Annual report on the working of the mental hospitals in the Madras Presidency - 1912-1932
Year: 1912
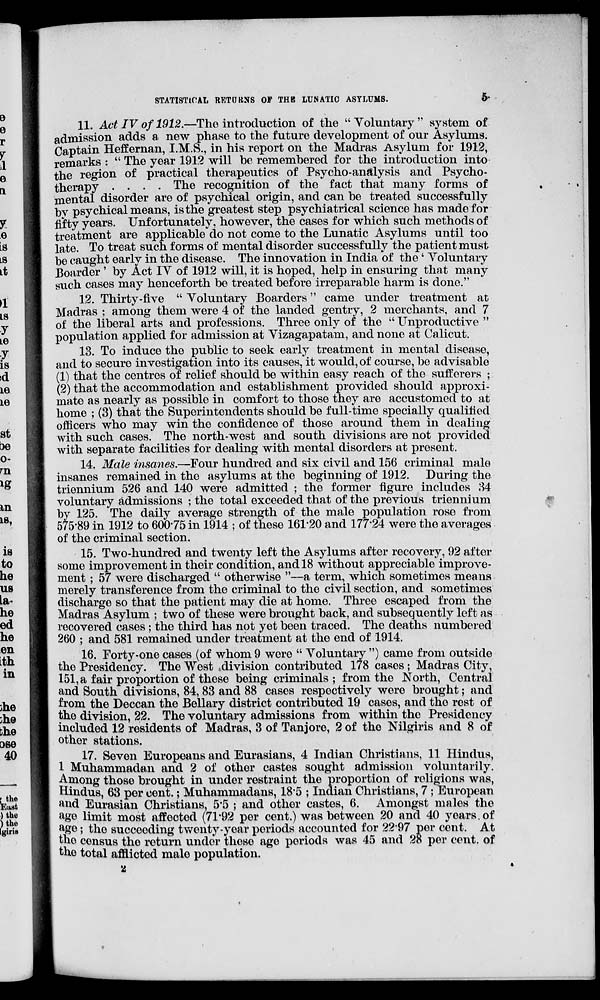
STATISTICAL RETURNS OF THE LUNATIC ASYLUMS.
5
11. Act IV of 1912.—The introduction of the "Voluntary" system of
admission adds a new phase to the future development of our Asylums.
Captain Heffernan, I.M.S., in his report on the Madras Asylum for 1912,
remarks : " The year 1912 will be remembered for the introduction into
the region of practical therapeutics of Psycho-analysis and Psycho-
therapy ....
The recognition of the fact that many forms of
mental disorder are of psychical origin, and can be treated successfully
by psychical means, is the greatest step psychiatrical science has made for
fifty years. Unfortunately, however, the cases for which such methods of
treatment are applicable do not come to the Lunatic Asylums until too
late. To treat such forms of mental disorder successfully the patient must
be caught early in the disease. The innovation in India of the ' Voluntary
Boarder ' by Act IV of 1912 will, it is hoped, help in ensuring that many
such cases may henceforth be treated before irreparable harm is done."
12. Thirty-five " Voluntary Boarders" came under treatment at
Madras ; among them were 4 of the landed gentry, 2 merchants, and 7
of the liberal arts and professions. Three only of the " Unproductive "
population applied for admission at Vizagapatam, and none at Calicut.
13. To induce the public to seek early treatment in mental disease,
and to secure investigation into its causes, it would, of course, be advisable
(1) that the centres of relief should be within easy reach of the sufferers ;
(2) that the accommodation and establishment provided should approxi-
mate as nearly as possible in comfort to those they are accustomed to at
home ; (3) that the Superintendents should be full-time specially qualified
officers who may win the confidence of those around them in dealing
with such cases. The north-west and south divisions are not provided
with separate facilities for dealing with mental disorders at present.
14. Male insanes.—Four hundred and six civil and 156 criminal male
insanes remained in the asylums at the beginning of 1912. During the
triennium 526 and 140 were admitted ; the former figure includes 34
voluntary admissions ; the total exceeded that of the previous triennium
by 125. The daily average strength of the male population rose from
575.89 in 1912 to 600.75 in 1914 ; of these 161.20 and 177.24 were the averages
of the criminal section.
15. Two-hundred and twenty left the Asylums after recovery, 92 after
some improvement in their condition, and 18 without appreciable improve-
ment ; 57 were discharged " otherwise "—a term, which sometimes means
merely transference from the criminal to the civil section, and sometimes
discharge so that the patient may die at home. Three escaped from the
Madras Asylum ; two of these were brought back, and subsequently left as
recovered cases; the third has not yet been traced. The deaths numbered
260 ; and 581 remained under treatment at the end of 1914.
16. Forty-one cases (of whom 9 were " Voluntary ") came from outside
the Presidency. The West division contributed 178 cases; Madras City,
151, a fair proportion of these being criminals; from the North, Central
and South divisions, 84,83 and 88 cases respectively were brought; and
from the Deccan the Bellary district contributed 19 cases, and the rest of
the division, 22. The voluntary admissions from within the Presidency
included 12 residents of Madras, 3 of Tanjore, 2 of the Nilgiris and 8 of
other stations.
17. Seven Europeans and Eurasians, 4 Indian Christians, 11 Hindus,
1 Muhammadan and 2 of other castes sought admission voluntarily.
Among those brought in under restraint the proportion of religions was,
Hindus, 63 per cent.; Muhammadans, 18.5 ; Indian Christians, 7 ; European
and Eurasian Christians, 5.5 ; and other castes, 6. Amongst males the
age limit most affected (71.92 per cent.) was between 20 and 40 years, of
age; the succeeding twenty-year periods accounted for 22.97 per cent. At
the census the return under these age periods was 45 and 28 per cent. of
the total afflicted male population.
2